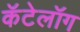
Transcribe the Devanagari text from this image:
कॅटेलॉग